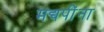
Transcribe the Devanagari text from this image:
मद्यपींना